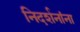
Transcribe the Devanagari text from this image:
निदर्शनांना